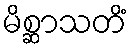
မိစ္ဆာသတိံ